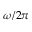
\omega / 2 \pi